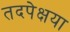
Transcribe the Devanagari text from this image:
तदपेक्षया